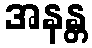
အနန္တ